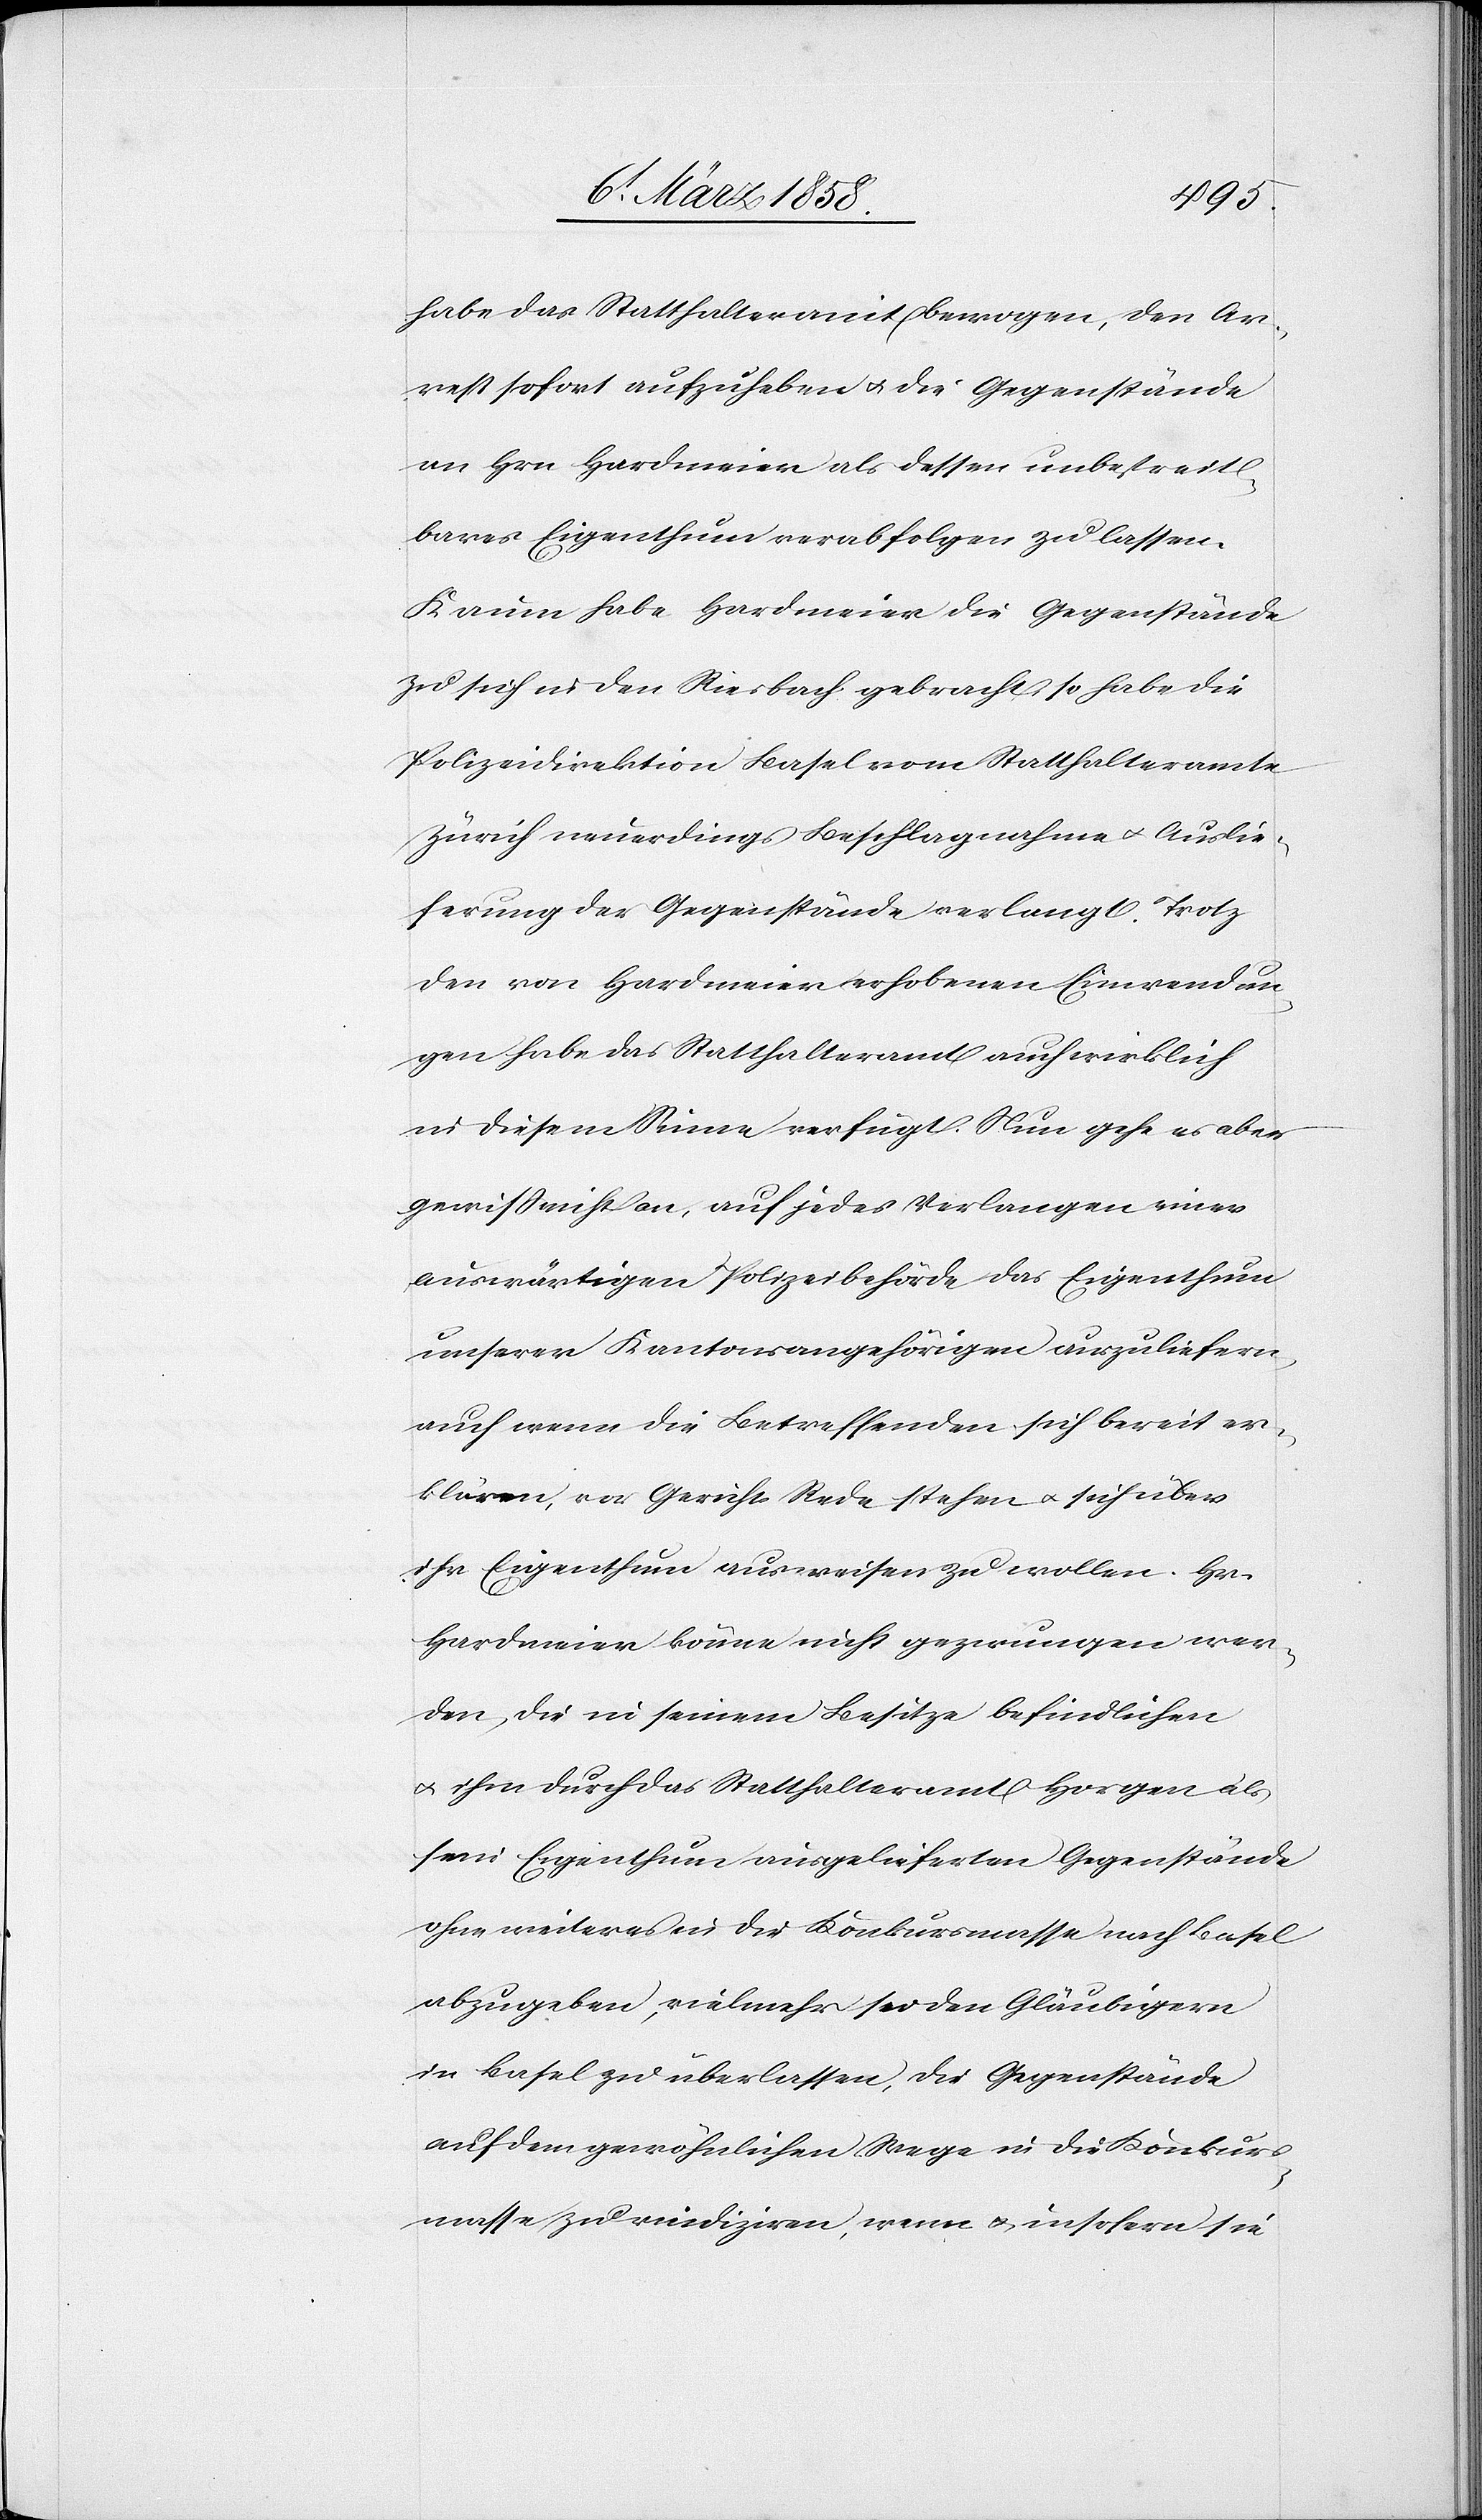
habe das Statthalteramt bewogen, den Ar¬
rest sofort aufzuheben u. die Gegenstände
an Hrn Hardmeier als dessen unbestreit¬
bares Eigenthum verabfolgen zu lassen.
Kaum habe Hardmeier die Gegenstände
zu sich in den Riesbach gebracht, so habe die
Polizeidirektion Basel vom Statthalteramte
Zürich neuerdings Beschlagnahme u. Auslie¬
ferung der Gegenstände verlangt. Trotz
den von Hardmeier erhobenen Einwendun¬
gen habe das Statthalteramt auch wirklich
in diesem Sinne verfügt. Nun gehe es eben
gewiß nicht an, auf jedes Verlangen einer
auswärtigen Polizeibehörde das Eigenthum
unserer Kantonsangehörigen auszuliefern,
auch wenn die Betreffenden sich bereit er¬
klären, vor Gericht Rede stehen u. sich über
ihr Eigenthum ausweisen zu wollen. Hr.
Hardmeier könne nicht gezwungen wer¬
den, die in seinem Besitze befindlichen
u. ihm durch das Statthalteramt Horgen als
sein Eigenthum ausgelieferten Gegenstände
ohne weiteres in die Konkursmasse nach Basel
abzugeben, vielmehr sei den Gläubigern
in Basel zu überlassen, die Gegenstände
auf dem gewöhnlichen Wege in die Konkurs¬
masse zu rindiziren [sic!], wenn u. insofern sie